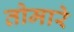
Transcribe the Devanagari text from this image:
तोमारे